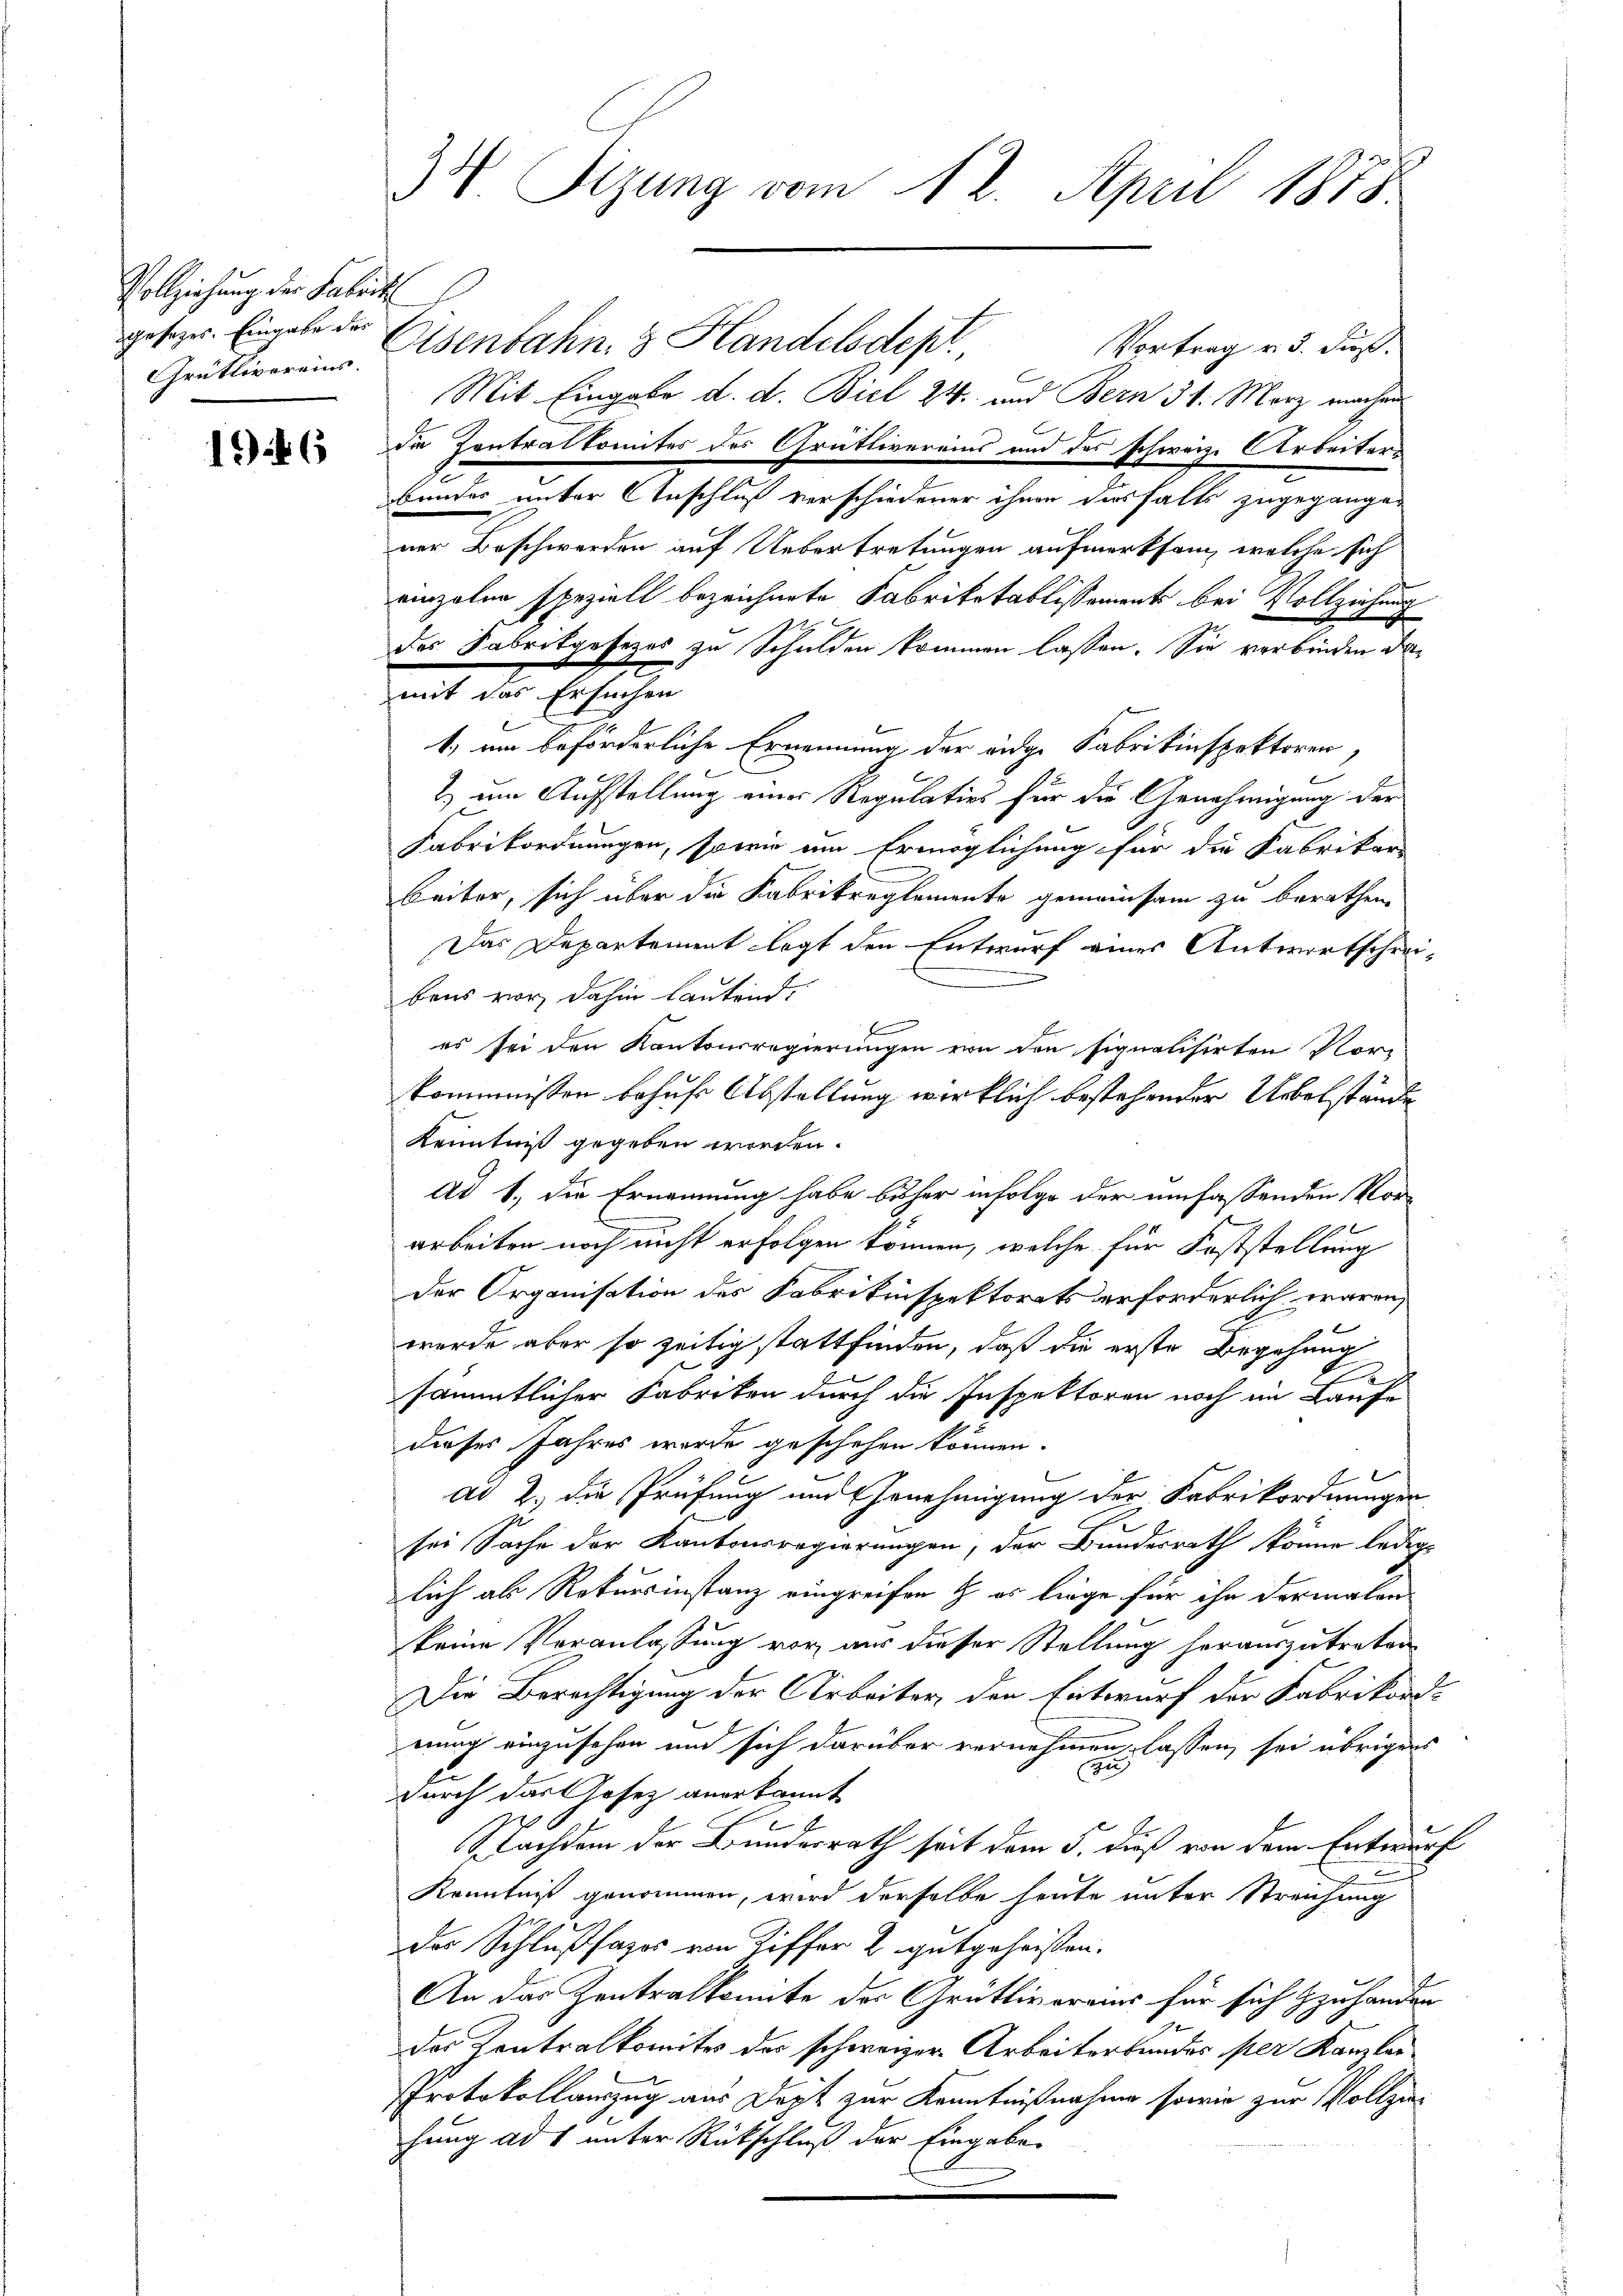
Vollziehung der Fabrik
gesezes. Eingabe der
Grütlivereins

1946

Eisenbahn, 3 Handelsdept.
Vortrag v. 5. dies
Mit Eingabe d. d. Biel 24. und Bern 31. März machen
die Zentralkomites des Grütlivereins und des schwarze Arbeiters
bunder unter Anschluß verschiedener ihnen desfalls zugegangen
ner Beschwerden auf Uebertretungen aufmerksam, welche sich
einzelne speziell bezeichnete Fabriketablissements bei Vollziehung
des Sabrikgesezes zu Schulden kommen lassen. Sie verbinden damit der Ersuchen
1, um beförderliche Ernennung der eidge Fabrikinspektoren,
b
2.) um Aufstellung einer Regulatios für die Genehmigung der
Fabrikordnungen, sowie um Ermöglichung für die Fabrikare
beiter, sich über die Kabrikreglemente gemeinsam zu berathen,
Das Departement legt den Entwurf eines Antwortschreibens vor dahin lautend.
es sei den Kantonsregierungen von den signalisirten Nor-
kommnissen behufe Abstellung wirklich bestehender Uebelstände
Kenntniß gegeben worden.
ad 1., die Ernennung habe bisher infolge der einfassenden Vorarbeiten noch nicht erfolgen können, welche für Feststellung
der Organisation des Fabrikinspektorats erforderlich waren,

wurde aber so zeitig stattfinden, daß die erste Begehung
.
sämmtlicher Fabriken durch die Inspektoren noch im Laufe
dieses Jahres wurde geschehen können.
1
ad 2. die Prüfung und Genehmigung der Fabrikordnungen
sei Sache der Kantonsregierungen, der Bundesrath könne lediglich als Rekursinstanz eingreifen & es liege für ihn dermalens
keine Veranlassung vor aus dieser Stellung herauszutreten
Die Berechtigung der Arbeiter den Entwurf der Fabrikordnung einzusehen und sich darüber vernehmen lassen sei übrigens
u
3
durch das Gesetz anerkannt
E
E
Nachdem der Bunderrath seit dem 5. dieß von dem Entwurf
Kenntniß genommen, wird derselbe heute unter Streichung
das Schlußfazes von Ziffer 2 gutgeheißen.
An das Zentralkonnte des Grüttivoraus für sich zu handen
des Kontralkomites des schweizer Arbeiterbundes per Kanzlei
Protokollauszug aus Dort zur Kenntnißnahme sowie zur Vollziehung ad 1 unter Rückschluß der Eingaben

34 Sizung vom 12. April 1878